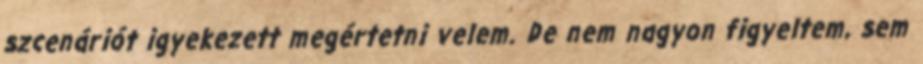
szcenáriót igyekezett megér­tetni velem. De nem nagyon figyeltem, sem